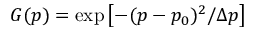
G ( p ) = \exp \left[ - ( p - p _ { 0 } ) ^ { 2 } / \Delta p \right]